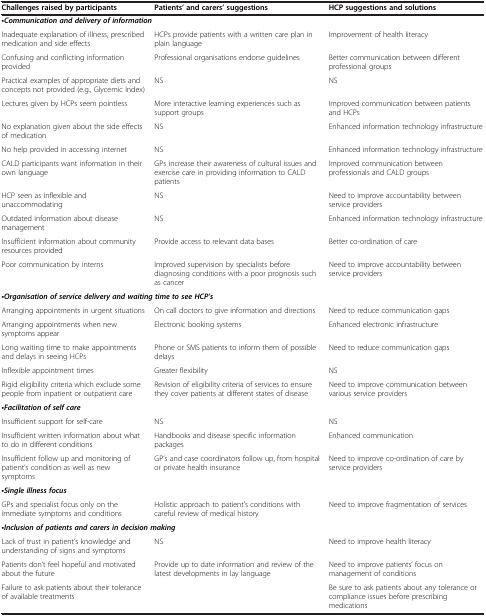
<table><thead><tr><td><b>Challenges raised by participants</b></td><td><b>Patients’ and carers’ suggestions</b></td><td><b>HCP suggestions and solutions</b></td></tr></thead><tbody><tr><td colspan="2"><b><i>•Communication and delivery of information</i></b></td><td> </td></tr><tr><td>Inadequate explanation of illness, prescribed medication and side effects</td><td>HCPs provide patients with a written care plan in plain language</td><td>Improvement of health literacy</td></tr><tr><td>Confusing and conflicting information provided</td><td>Professional organisations endorse guidelines</td><td>Better communication between different professional groups</td></tr><tr><td>Practical examples of appropriate diets and concepts not provided (e.g., Glycemic Index)</td><td>NS</td><td>NS</td></tr><tr><td>Lectures given by HCPs seem pointless</td><td>More interactive learning experiences such as support groups</td><td>Improved communication between patients and HCPs</td></tr><tr><td>No explanation given about the side effects of medication</td><td>NS</td><td>Enhanced information technology infrastructure</td></tr><tr><td>No help provided in accessing internet</td><td>NS</td><td>Enhanced information technology infrastructure</td></tr><tr><td>CALD participants want information in their own language</td><td>GPs increase their awareness of cultural issues and exercise care in providing information to CALD patients</td><td>Improved communication between professionals and CALD groups</td></tr><tr><td>HCP seen as inflexible and unaccommodating</td><td>NS</td><td>Need to improve accountability between service providers</td></tr><tr><td>Outdated information about disease management</td><td>NS</td><td>Enhanced information technology infrastructure</td></tr><tr><td>Insufficient information about community resources provided</td><td>Provide access to relevant data bases</td><td>Better co-ordination of care</td></tr><tr><td>Poor communication by interns</td><td>Improved supervision by specialists before diagnosing conditions with a poor prognosis such as cancer</td><td>Need to improve accountability between service providers</td></tr><tr><td colspan="2"><b><i>•Organisation of service delivery and waiting time to see HCP’s</i></b></td><td> </td></tr><tr><td>Arranging appointments in urgent situations</td><td>On call doctors to give information and directions</td><td>Need to reduce communication gaps</td></tr><tr><td>Arranging appointments when new symptoms appear</td><td>Electronic booking systems</td><td>Enhanced electronic infrastructure</td></tr><tr><td>Long waiting time to make appointments and delays in seeing HCPs</td><td>Phone or SMS patients to inform them of possible delays</td><td>Need to reduce communication gaps</td></tr><tr><td>Inflexible appointment times</td><td>Greater flexibility</td><td>NS</td></tr><tr><td>Rigid eligibility criteria which exclude some people from inpatient or outpatient care</td><td>Revision of eligibility criteria of services to ensure they cover patients at different states of disease</td><td>Need to improve communication between various service providers</td></tr><tr><td colspan="2"><b><i>•Facilitation of self care</i></b></td><td> </td></tr><tr><td>Insufficient support for self-care</td><td>NS</td><td>NS</td></tr><tr><td>Insufficient written information about what to do in different conditions</td><td>Handbooks and disease specific information packages</td><td>Enhanced communication</td></tr><tr><td>Insufficient follow up and monitoring of patient’s condition as well as new symptoms</td><td>GP’s and case coordinators follow up, from hospital or private health insurance</td><td>Need to improve co-ordination of care by service providers</td></tr><tr><td colspan="2"><b><i>•Single illness focus</i></b></td><td> </td></tr><tr><td>GPs and specialist focus only on the immediate symptoms and conditions</td><td>Holistic approach to patient’s conditions with careful review of medical history</td><td>Need to improve fragmentation of services</td></tr><tr><td colspan="2"><b><i>•Inclusion of patients and carers in decision making</i></b></td><td> </td></tr><tr><td>Lack of trust in patient’s knowledge and understanding of signs and symptoms</td><td>NS</td><td>Need to improve health literacy</td></tr><tr><td>Patients don’t feel hopeful and motivated about the future</td><td>Provide up to date information and review of the latest developments in lay language</td><td>Need to improve patients’ focus on management of conditions</td></tr><tr><td>Failure to ask patients about their tolerance of available treatments</td><td> </td><td>Be sure to ask patients about any tolerance or compliance issues before prescribing medications</td></tr></tbody></table>